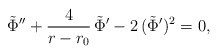
\begin{align*}\tilde{\Phi}'' + {4 \over r - r_0} \, \tilde{\Phi}' - 2 \, (\tilde{\Phi}')^2 = 0,\end{align*}